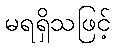
မရရှိသဖြင့်